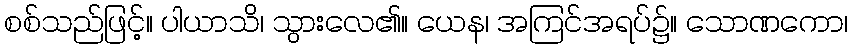
စစ်သည်ဖြင့်။ ပါယာသိ၊ သွားလေ၏။ ယေန၊ အကြင်အရပ်၌။ သောဏကော၊